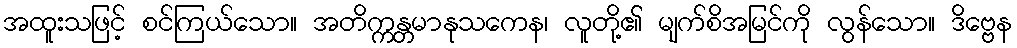
အထူးသဖြင့် စင်ကြယ်သော။ အတိက္ကန္တမာနုသကေန၊ လူတို့၏ မျက်စိအမြင်ကို လွန်သော။ ဒိဗ္ဗေန